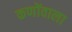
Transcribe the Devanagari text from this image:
कणोंवाला